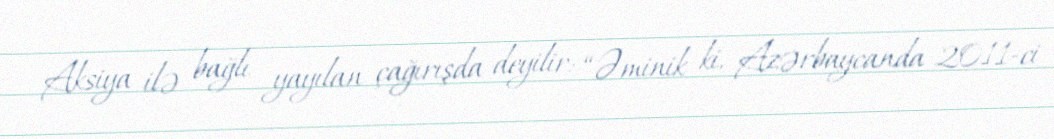
Aksiya ilə bağlı yayılan çağırışda deyilir: “Əminik ki, Azərbaycanda 2011-ci